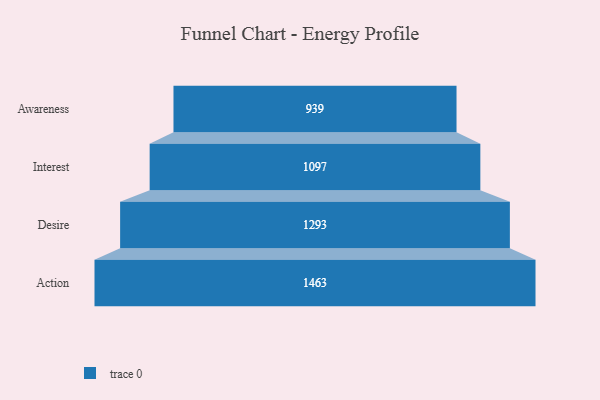
{"axis": {"x": "Stage", "y": "Value"}, "legend": [""], "data": [{"x": "Awareness", "y": 939.0, "type": ""}, {"x": "Interest", "y": 1097.0, "type": ""}, {"x": "Desire", "y": 1293.0, "type": ""}, {"x": "Action", "y": 1463.0, "type": ""}]}